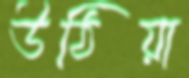
উঠিয়া